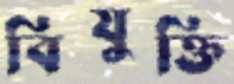
বিযুক্তি